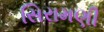
સિરામણી